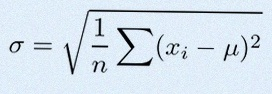
\sigma=\sqrt{\frac1n\sum(x_i-\mu)^2}